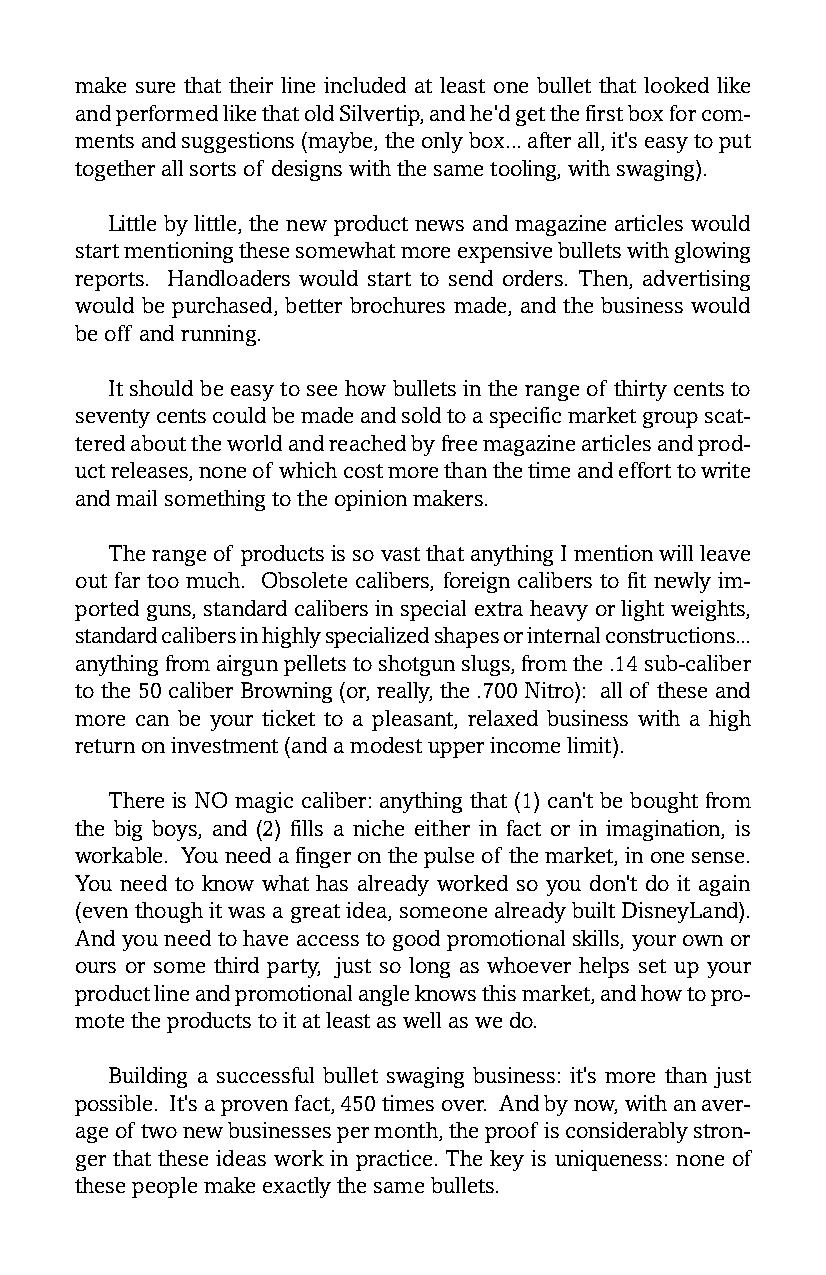
make sure that their line included at least one bullet that looked like
 and performed like that old Silvertip, and he’d get the first box for com-
 ments and suggestions (maybe, the only box... after all, it’s easy to put
 together all sorts of designs with the same tooling, with swaging).
 Little by little, the new product news and magazine articles would
 start mentioning these somewhat more expensive bullets with glowing
 reports. Handloaders would start to send orders. Then, advertising
 would be purchased, better brochures made, and the business would
 be off and running.
 It should be easy to see how bullets in the range of thirty cents to
 seventy cents could be made and sold to a specific market group scat-
 tered about the world and reached by free magazine articles and prod-
 uct releases, none of which cost more than the time and effort to write
 and mail something to the opinion makers.
 The range of products is so vast that anything I mention will leave
 out far too much. Obsolete calibers, foreign calibers to fit newly im-
 ported guns, standard calibers in special extra heavy or light weights,
 standard calibers in highly specialized shapes or internal constructions...
 anything from airgun pellets to shotgun slugs, from the .14 sub-caliber
 to the 50 caliber Browning (or, really, the .700 Nitro): all of these and
 more can be your ticket to a pleasant, relaxed business with a high
 return on investment (and a modest upper income limit).
 There is NO magic caliber: anything that (1) can’t be bought from
 the big boys, and (2) fills a niche either in fact or in imagination, is
 workable. You need a finger on the pulse of the market, in one sense.
 You need to know what has already worked so you don’t do it again
 (even though it was a great idea, someone already built DisneyLand).
 And you need to have access to good promotional skills, your own or
 ours or some third party, just so long as whoever helps set up your
 product line and promotional angle knows this market, and how to pro-
 mote the products to it at least as well as we do.
 Building a successful bullet swaging business: it’s more than just
 possible. It’s a proven fact, 450 times over. And by now, with an aver-
 age of two new businesses per month, the proof is considerably stron-
 ger that these ideas work in practice. The key is uniqueness: none of
 these people make exactly the same bullets.